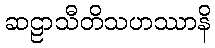
ဆဠာသီတိသဟဿာနိ